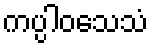
ကပ္ပါဝသေသံ